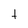
Character: t